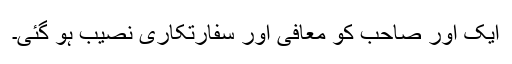
ایک اور صاحب کو معافی اور سفارتکاری نصیب ہو گئی۔